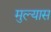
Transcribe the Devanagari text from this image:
मुल्यास